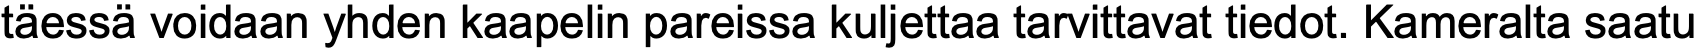
täessä voidaan yhden kaapelin pareissa kuljettaa tarvittavat tiedot. Kameralta saatu